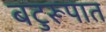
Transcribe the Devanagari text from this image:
बटुरूपात